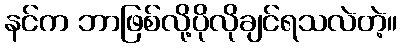
နင်က ဘာဖြစ်လို့ပိုလိုချင်ရသလဲတဲ့။